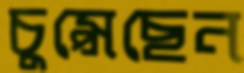
চুপ্‌সেছেন